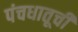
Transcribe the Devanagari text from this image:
पंचधातूची